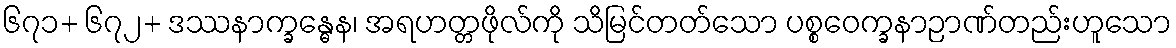
၆၇၁+ ၆၇၂+ ဒဿနာက္ခန္ဓေန၊ အရဟတ္တဖိုလ်ကို သိမြင်တတ်သော ပစ္စဝေက္ခနာဉာဏ်တည်းဟူသော